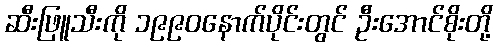
ဆီးဖြူသီးကို ၁၉၉၀နောက်ပိုင်းတွင် ဦးအောင်စိုးတို့